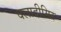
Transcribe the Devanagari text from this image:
वलादीमिर